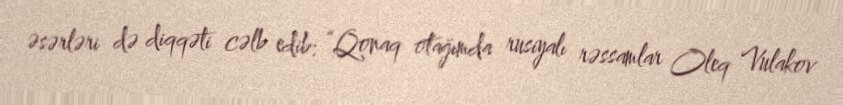
əsərləri də diqqəti cəlb edib: “Qonaq otağımda rusiyalı rəssamlar Oleq Vulakov